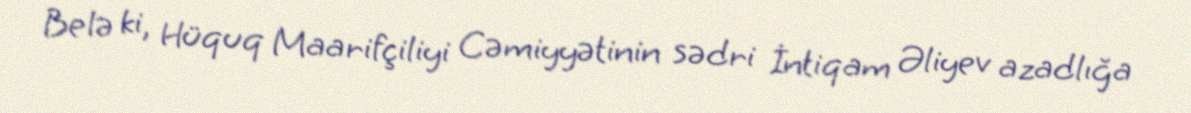
Belə ki, Hüquq Maarifçiliyi Cəmiyyətinin sədri İntiqam Əliyev azadlığa